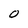
Character: 0